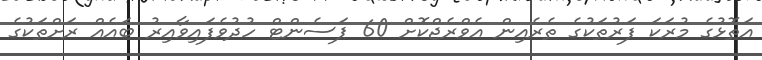
އަތޮޅުގެ މުރަކަ ފަރުތަކުގެ ތެރެއިން އެވްރެޖްކޮށް 60 ޕަސެންޓް ހުދުވެފައިވާއިރު ބައެއް ރަށްތަކުގެ